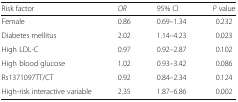
| Risk factor | OR | 95% CI | P value |
 | --- | --- | --- | --- |
 | Female | 0.86 | 0.69–1.34 | 0.232 |
 | Diabetes mellitus | 2.02 | 1.14–4.23 | 0.023 |
 | High LDL-C | 0.97 | 0.92–2.87 | 0.102 |
 | High blood glucose | 1.02 | 0.93–3.42 | 0.086 |
 | Rs1371097TT/CT | 0.92 | 0.84–2.34 | 0.124 |
 | High-risk interactive variable | 2.35 | 1.87–6.86 | 0.002 |